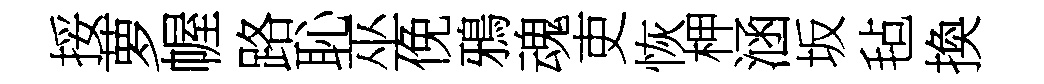
挼萝幄路恥巫俛鴉魂吏恢柙涵坂毡換